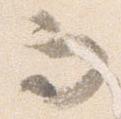
而